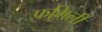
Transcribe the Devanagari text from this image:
फमिली